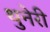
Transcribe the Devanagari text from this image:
थुनेरी